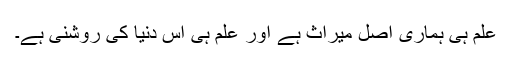
علم ہی ہماری اصل میراث ہے اور علم ہی اس دنیا کی روشنی ہے۔